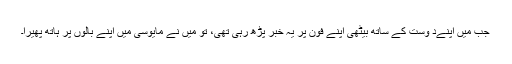
جب میں اپنےد وست کے ساتھ بیٹھی اپنے فون پر یہ خبر پڑھ رہی تھی، تو میں نے مایوسی میں اپنے بالوں پر ہاتھ پھیرا۔